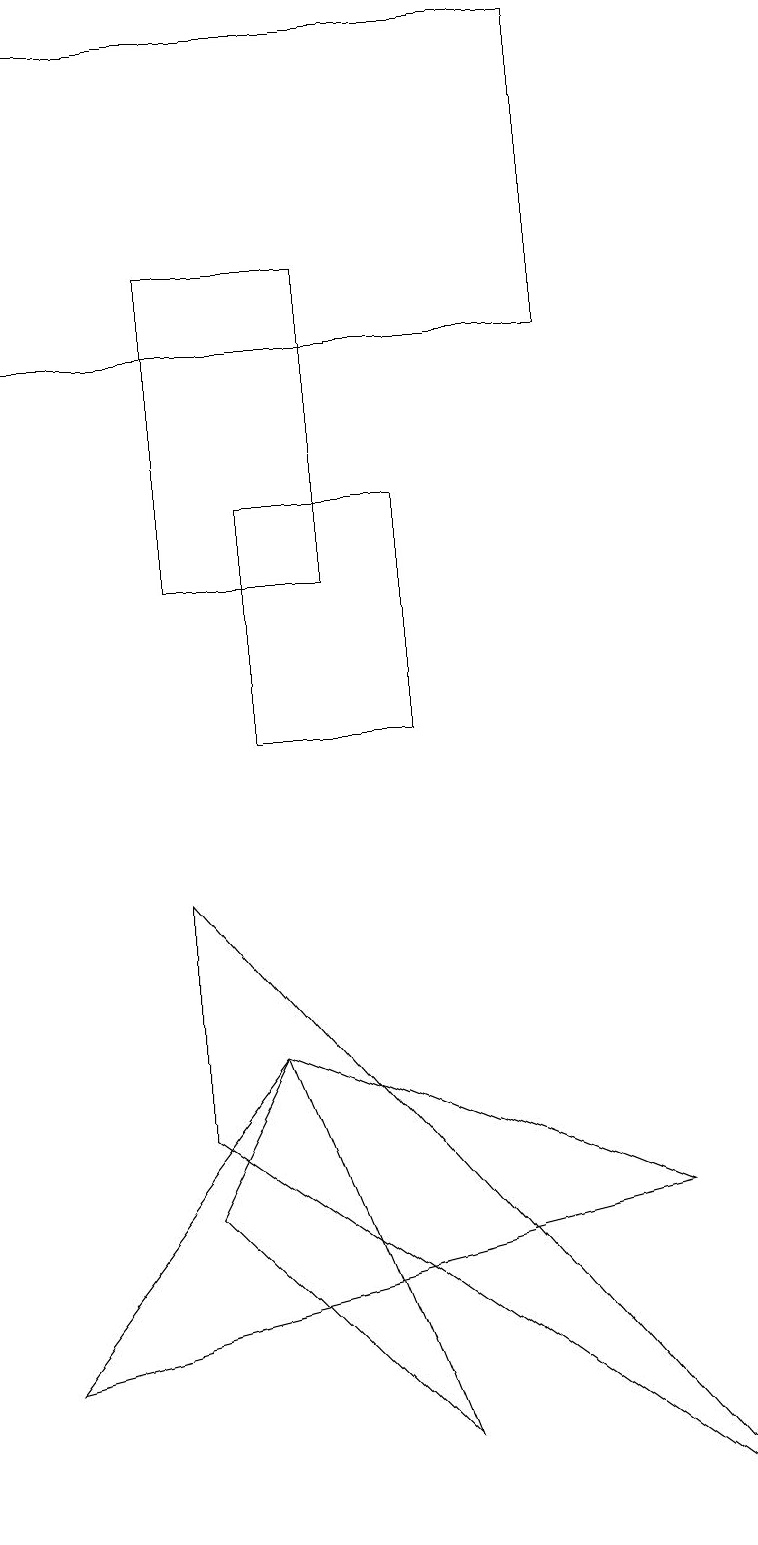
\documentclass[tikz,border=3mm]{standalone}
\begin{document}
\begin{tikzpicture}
\draw (5,13) rectangle (3,10);
\draw (8,4) -- (3,6) -- (0,2) -- cycle;
\draw (2,4) -- (3,6) -- (5,1) -- cycle;
\draw (2,16) rectangle (4,12);
\draw (0,19) rectangle (7,15);
\draw (9,0) -- (2,8) -- (2,5) -- cycle;
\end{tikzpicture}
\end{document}